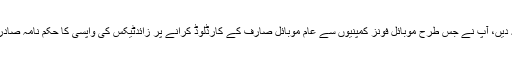
چیف جسٹس صاحب،آپ اِس جانب بھی ایسے ہی توجہ دیں، آپ نے جس طرح موبائل فونز کمپنیوں سے عام موبائل صارف کے کارڈلوڈ کرانے پر زائدٹیکس کی واپسی کا حکم نامہ صادر فرما کرمُلک میں تاریخ ساز باب کا اضافہ کردیاہے۔